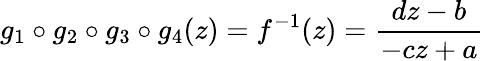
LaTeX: g_{1}\circ g_{2}\circ g_{3}\circ g_{4}(z)=f^{-1}(z)={\frac{dz-b}{-cz+a}}